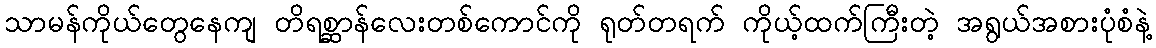
သာမန်ကိုယ်တွေနေကျ တိရစ္ဆာန်လေးတစ်ကောင်ကို ရုတ်တရက် ကိုယ့်ထက်ကြီးတဲ့ အရွယ်အစားပုံစံနဲ့